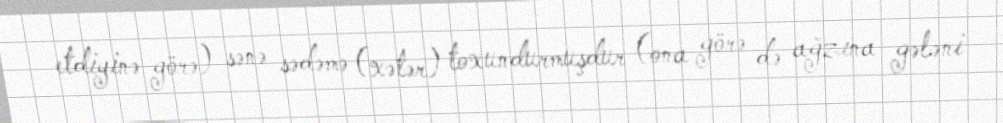
etdiyinə görə) sənə sədəmə (xətər) toxundurmuşdur (ona görə də ağzına gələni